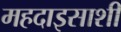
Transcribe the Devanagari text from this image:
महदाइसाशी